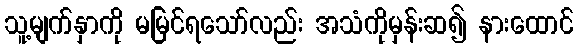
သူ့မျက်နှာကို မမြင်ရသော်လည်း အသံကိုမှန်းဆ၍ နားထောင်